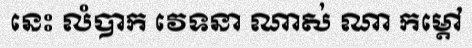
នេះ លំបាក វេទនា ណាស់ ណា កម្តៅ